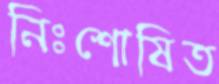
নিঃশোষিত